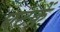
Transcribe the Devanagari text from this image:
घटकें